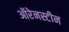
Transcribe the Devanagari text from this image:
ऑरेनस्टीन